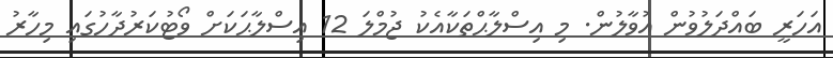
އަހަރީ ބައްދަލުވުން އުވާލުން. މި އިސްލާޙްތަކާއެކު ޖުމްލަ 12 އިސްލާޙަކަށް ވޯޓުކަރުދާހުގައި މިހާރު